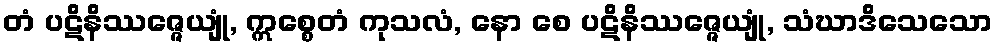
တံ ပဋိနိဿဇ္ဇေယျုံ, ဣစ္စေတံ ကုသလံ, နော စေ ပဋိနိဿဇ္ဇေယျုံ, သံဃာဒိသေသော